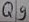
Text: Q9